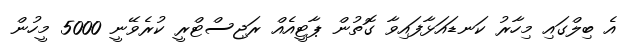
އެ ބިލްގައި މިހާރު ކަނޑައަޅާފައިވާ ގޮތުން ޕާޓީއެއް ރަޖިސްޓްރީ ކުރެވޭނީ 5000 މީހުން